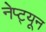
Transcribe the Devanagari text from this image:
नेप्ट्यून